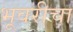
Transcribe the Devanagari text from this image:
भूवरीचा